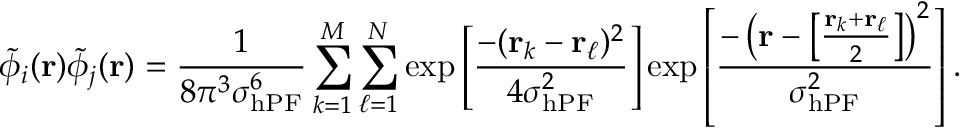
\tilde { \phi } _ { i } ( \mathbf { r } ) \tilde { \phi } _ { j } ( \mathbf { r } ) = \frac { 1 } { 8 \pi ^ { 3 } \sigma _ { \mathrm { h P F } } ^ { 6 } } \sum _ { k = 1 } ^ { M } \sum _ { \ell = 1 } ^ { N } \exp \left[ \frac { - ( \mathbf { r } _ { k } - \mathbf { r } _ { \ell } ) ^ { 2 } } { 4 \sigma _ { \mathrm { h P F } } ^ { 2 } } \right] \exp \left[ \frac { - \left( \mathbf { r } - \left[ \frac { \mathbf { r } _ { k } + \mathbf { r } _ { \ell } } { 2 } \right] \right) ^ { 2 } } { \sigma _ { \mathrm { h P F } } ^ { 2 } } \right] .